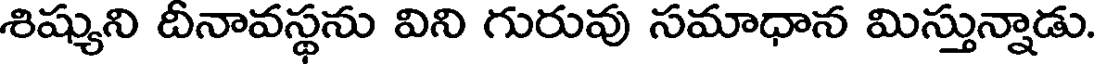
శిష్యుని దీనావస్థను విని గురువు సమాధాన మిస్తున్నాడు